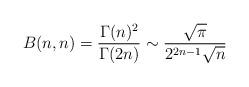
LaTeX: \begin{align*} B(n, n) = \frac{\Gamma(n)^2}{\Gamma(2n)} \sim \frac{\sqrt{\pi}}{2^{2n - 1} \sqrt{n}} \end{align*}